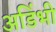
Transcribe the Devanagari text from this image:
अडिंभी